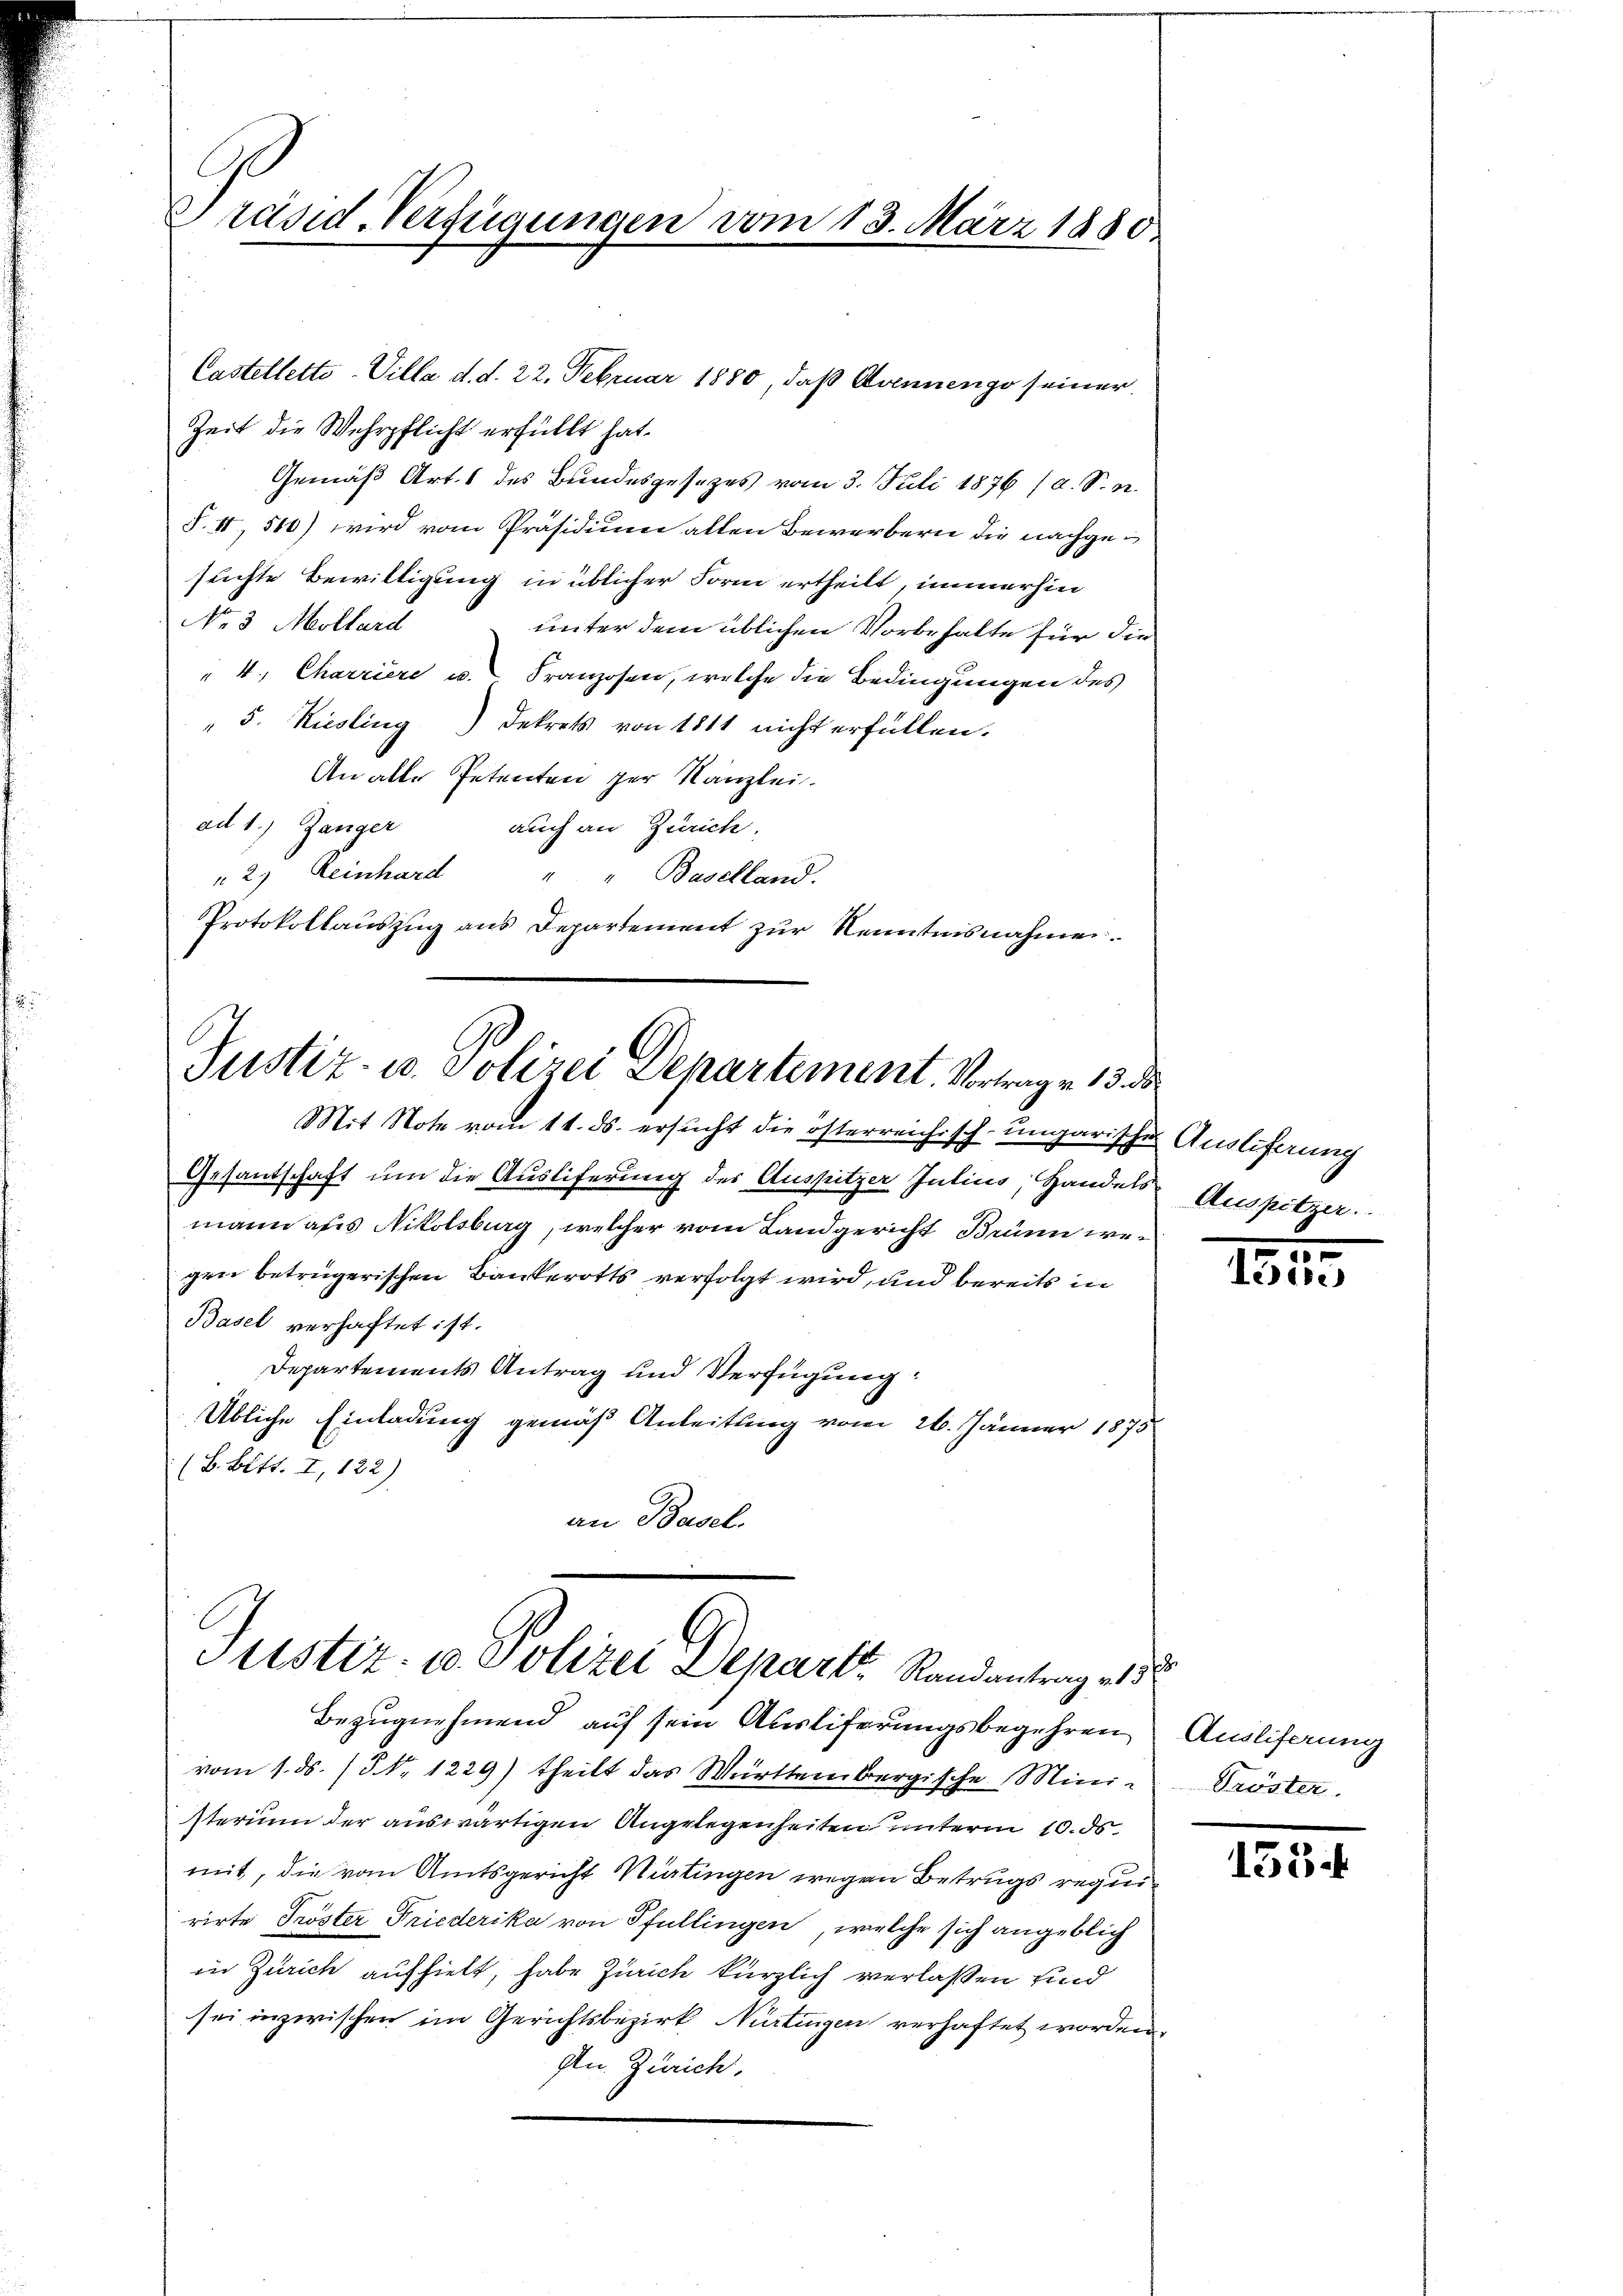
Präsid-Verfügungen vom 13. März 1880

Castelletto-Villa d. d. 22. Februar 1880, daß Avennengo seiner
Zeit die Wehrpflicht erfüllt hat.
Gemäß Art. 1 des Bundesgesezes vom 3. Juli 1876 (a. S. M.
S. II, 510) wird vom Präsidium allen Bewerbern die nachgesuchte Bewilligung in üblicher Form ertheilt, immerhin
No 3 Mollard
unter dem üblichen Vorbehalte für die
" 4. Charriere u. Franzosen, welche die Bedingungen des
" 5. Kiesling Dekrets von 1811 nicht erfüllen.
An alle Petenten zur Kanzlei.
ad 1.) Zänger auch an Zürich.
2) Reinhard
Baselland.
Protokollauszug aus Departement zur Kenntnisnahmen.

Justiz- u. Polizei Departement. Vortrag v. 13. ds

Mit Note vom 11. ds. ersucht die österreich sch. ungarische Auslieferung
Gesandschaft um die Ausliferung des Aussitzer Julius, Handels Auspitzer.
mann aus Nikolsburg, welcher vom Landgericht Brünn wegen betrügerischen Bankerotts verfolgt wird, und bereits in
Basel verhaftet ist.
Departements Antrag und Verfügung:
Übliche Einladung gemäß Anleitung vom 26. Jänner 1875
(B. Bitt. I, 122)
an Basel.

Justiz- u Polizei Depart Randantrag als

Bezugnehmend auf sein Ausliferungsbegehren
vom 1. ds. (§. 1229) theilt das Württembergische Mini-
sterium der auswärtigen Angelegenheiten unterm 10. ds.
mit, die von Amtsgericht Nürtingen wegen Betrugs requirirte Tröster Friederika von Pfullingen, welche sich angeblich
in Zürich aufhielt, habe Zürich kürzlich verlassen sind
sei inzwischen im Gerichtsbezirk Nürtingen verhaftet worden.
Itn. Zürich.

1
ue

Ausliferung
Tröster.

1534